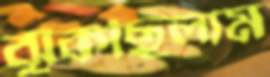
ঝুঁকছিলাম